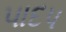
પાદપ